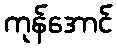
ကုန်အောင်